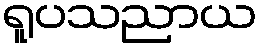
ရူပသညာယ